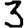
Digit: 3